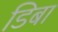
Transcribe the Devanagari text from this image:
डिबा